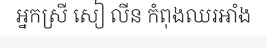
អ្នកស្រី សៀ លីន កំពុងឈរអាំង